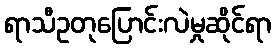
ရာသီဥတုပြောင်းလဲမှုဆိုင်ရာ